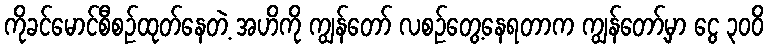
ကိုခင်မောင်စီစဉ်ထုတ်နေတဲ့ အဟိကို ကျွန်တော် လစဉ်တွေ့နေရတာက ကျွန်တော့်မှာ ငွေ ၃၀၀ိ